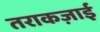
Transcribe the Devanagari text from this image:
तराकज़ाई